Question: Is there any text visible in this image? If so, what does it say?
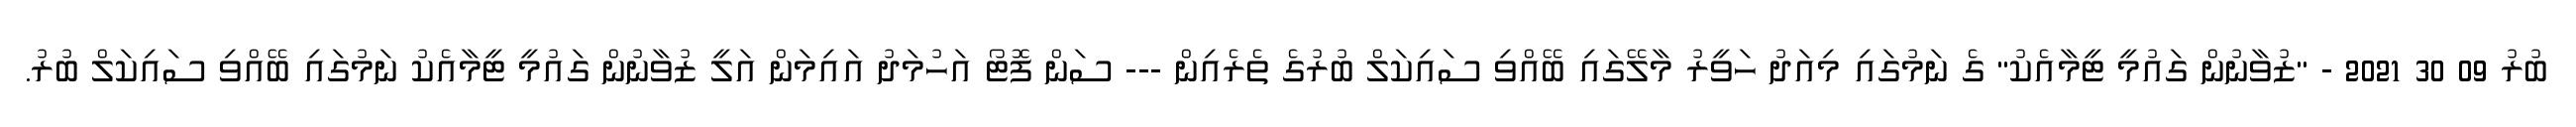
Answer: ބުރު 09 30 2021 - "ޒުވާނުން ގައުމީ ޓީމާއެކު" ގެ ނަމުގައި މިއަދު ހަވީރު މާލޭގައި ބޭއްވި ސައިކަލް ބުރުގެ ތެރެއިން --- ސަން ފޮޓޯ އަހުމަދު އައިމަން އަލީ ޒުވާނުން ގައުމީ ޓީމާއެކު ނަމުގައި ބޭއްވި ސައިކަލް ބުރު.